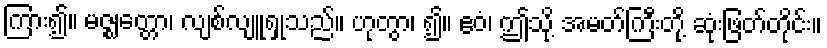
ကြား၍။ မဇ္ဈတ္တော၊ လျစ်လျူရှုသည်။ ဟုတွာ၊ ၍။ ဧဝံ၊ ဤသို့ အမတ်ကြီးတို့ ဆုံးဖြတ်တိုင်း။